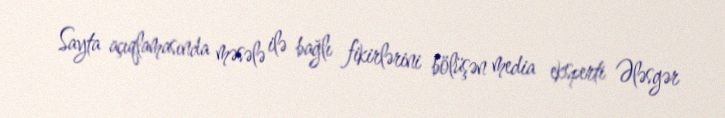
Sayta açıqlamasında məsələ ilə bağlı fikirlərini bölüşən media eksperti Ələsgər